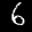
Label: 6